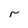
Character: r